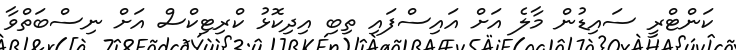
ކަންޓްރީ ސައިޑުން މާލެ އަށް އައިސްފައި ތިބި އިދިކޮޅު ކްރިޓިކްސް އަށް ނިސްބަތްވާ